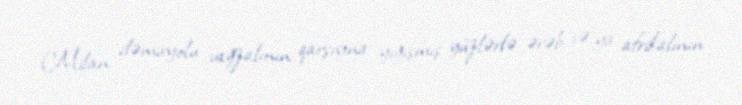
Milan dəmiryolu vağzalının qarşısına yığışmış yüzlərlə ərəb və ya afrikalının